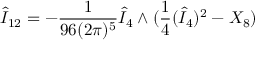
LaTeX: \hat { I } _ { 1 2 } = - \frac { 1 } { 9 6 ( 2 \pi ) ^ { 5 } } \hat { I } _ { 4 } \wedge ( \frac { 1 } { 4 } ( \hat { I } _ { 4 } ) ^ { 2 } - X _ { 8 } )